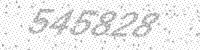
Solution: 545828